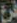
فرع